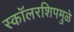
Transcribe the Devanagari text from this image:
स्कॉलरशिपमुळे